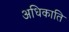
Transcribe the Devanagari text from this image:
अधिकाति